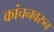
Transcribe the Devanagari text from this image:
कांचनवरुन